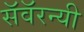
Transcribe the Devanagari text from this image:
सॅवॅरन्यी